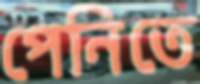
পেনিতে